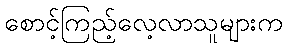
စောင့်ကြည့်လေ့လာသူများက